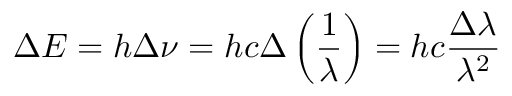
\Delta E = h \Delta \nu = h c \Delta \left( { \frac { 1 } { \lambda } } \right) = h c { \frac { \Delta \lambda } { \lambda ^ { 2 } } }